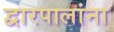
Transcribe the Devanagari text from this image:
द्वारपालांना